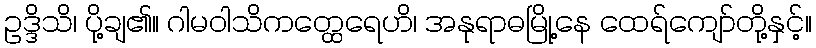
ဥဒ္ဒိသိ၊ ပို့ချ၏။ ဂါမဝါသိကတ္ထေရေဟိ၊ အနုရာဓမြို့နေ ထေရ်ကျော်တို့နှင့်။